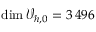
\dim \mathcal { V } _ { h , 0 } = 3 { \, } 4 9 6